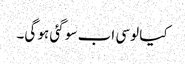
کیا لوسی اب سو گئی ہو گی۔